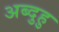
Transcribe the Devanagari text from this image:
अब्दुहु